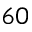
6 0